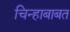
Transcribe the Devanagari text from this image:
चिन्हाबाबत